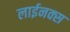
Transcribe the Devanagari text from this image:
लाईनक्स